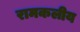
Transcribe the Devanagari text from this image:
रामकलीय